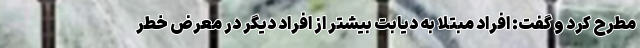
مطرح کرد و گفت: افراد مبتلا به دیابت بیشتر از افراد دیگر در معرض خطر